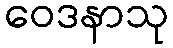
ဝေဒနာသု